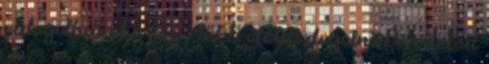
eldugulhat el is fog előbb utóbb dugulni. De mielőtt